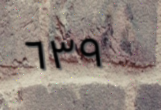
٦٣٩